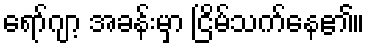
ရော်ဂျာ့ အခန်းမှာ ငြိမ်သက်နေ၏။